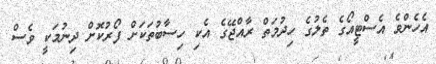
އެހެންވެ އެސްޓީއޯގެ ތެލުގެ ހިދުމަތް ރާއްޖޭގެ އެކި ހިސާބުތަކަށް ފޯރުކޮށް ދިނުމަކީ ވެސް